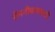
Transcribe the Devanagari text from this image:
रोमनीकरणाची